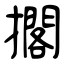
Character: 擱